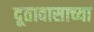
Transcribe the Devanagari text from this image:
दूतावासाच्या